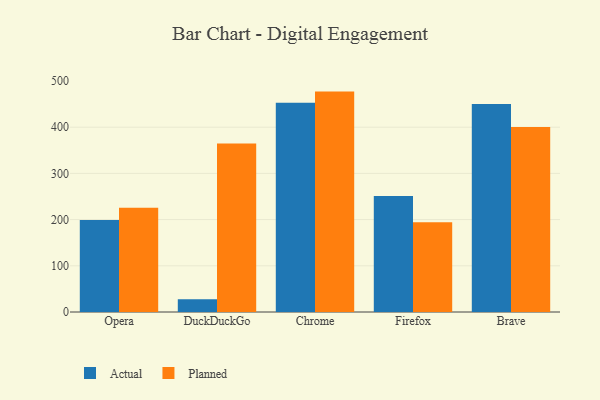
{"axis": {"x": "Browser", "y": "Inventory Turnover"}, "legend": ["Actual", "Planned"], "data": [{"x": "Opera", "y": 199.3, "type": "Actual"}, {"x": "Opera", "y": 225.6, "type": "Planned"}, {"x": "DuckDuckGo", "y": 27.5, "type": "Actual"}, {"x": "DuckDuckGo", "y": 364.9, "type": "Planned"}, {"x": "Chrome", "y": 452.8, "type": "Actual"}, {"x": "Chrome", "y": 477.0, "type": "Planned"}, {"x": "Firefox", "y": 251.3, "type": "Actual"}, {"x": "Firefox", "y": 194.0, "type": "Planned"}, {"x": "Brave", "y": 450.0, "type": "Actual"}, {"x": "Brave", "y": 400.3, "type": "Planned"}]}